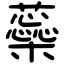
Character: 蘂